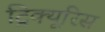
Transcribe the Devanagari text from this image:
ट्रिक्यूरिस